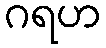
ဂရဟ